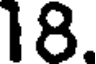
18.